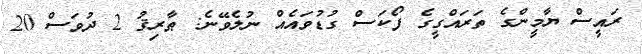
ރައީސް ޔާމީންގެ ތަރައްގީގެ ފޯކަސް ގުޑުވައެއް ނުލެވޭނެ: ޠާރިޤު 2 ދުވަސް 20